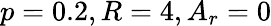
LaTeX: p=0.2,R=4,A_{r}=0